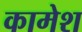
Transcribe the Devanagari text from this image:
कामेश